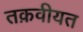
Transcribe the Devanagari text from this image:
तक़वीयत